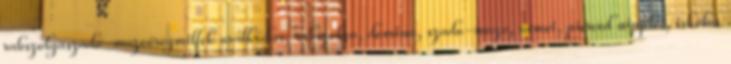
rabszolgaszado-mazoöregmilfek uralkodás, rabszolga, domina, szado-mazo, német, pierced nipples, iskolás